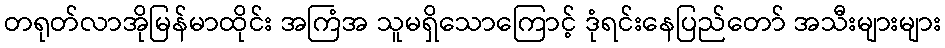
တရုတ်လာအိုမြန်မာထိုင်း အကြံအ သူမရှိသောကြောင့် ဒုံရင်းနေပြည်တော် အသီးများများ